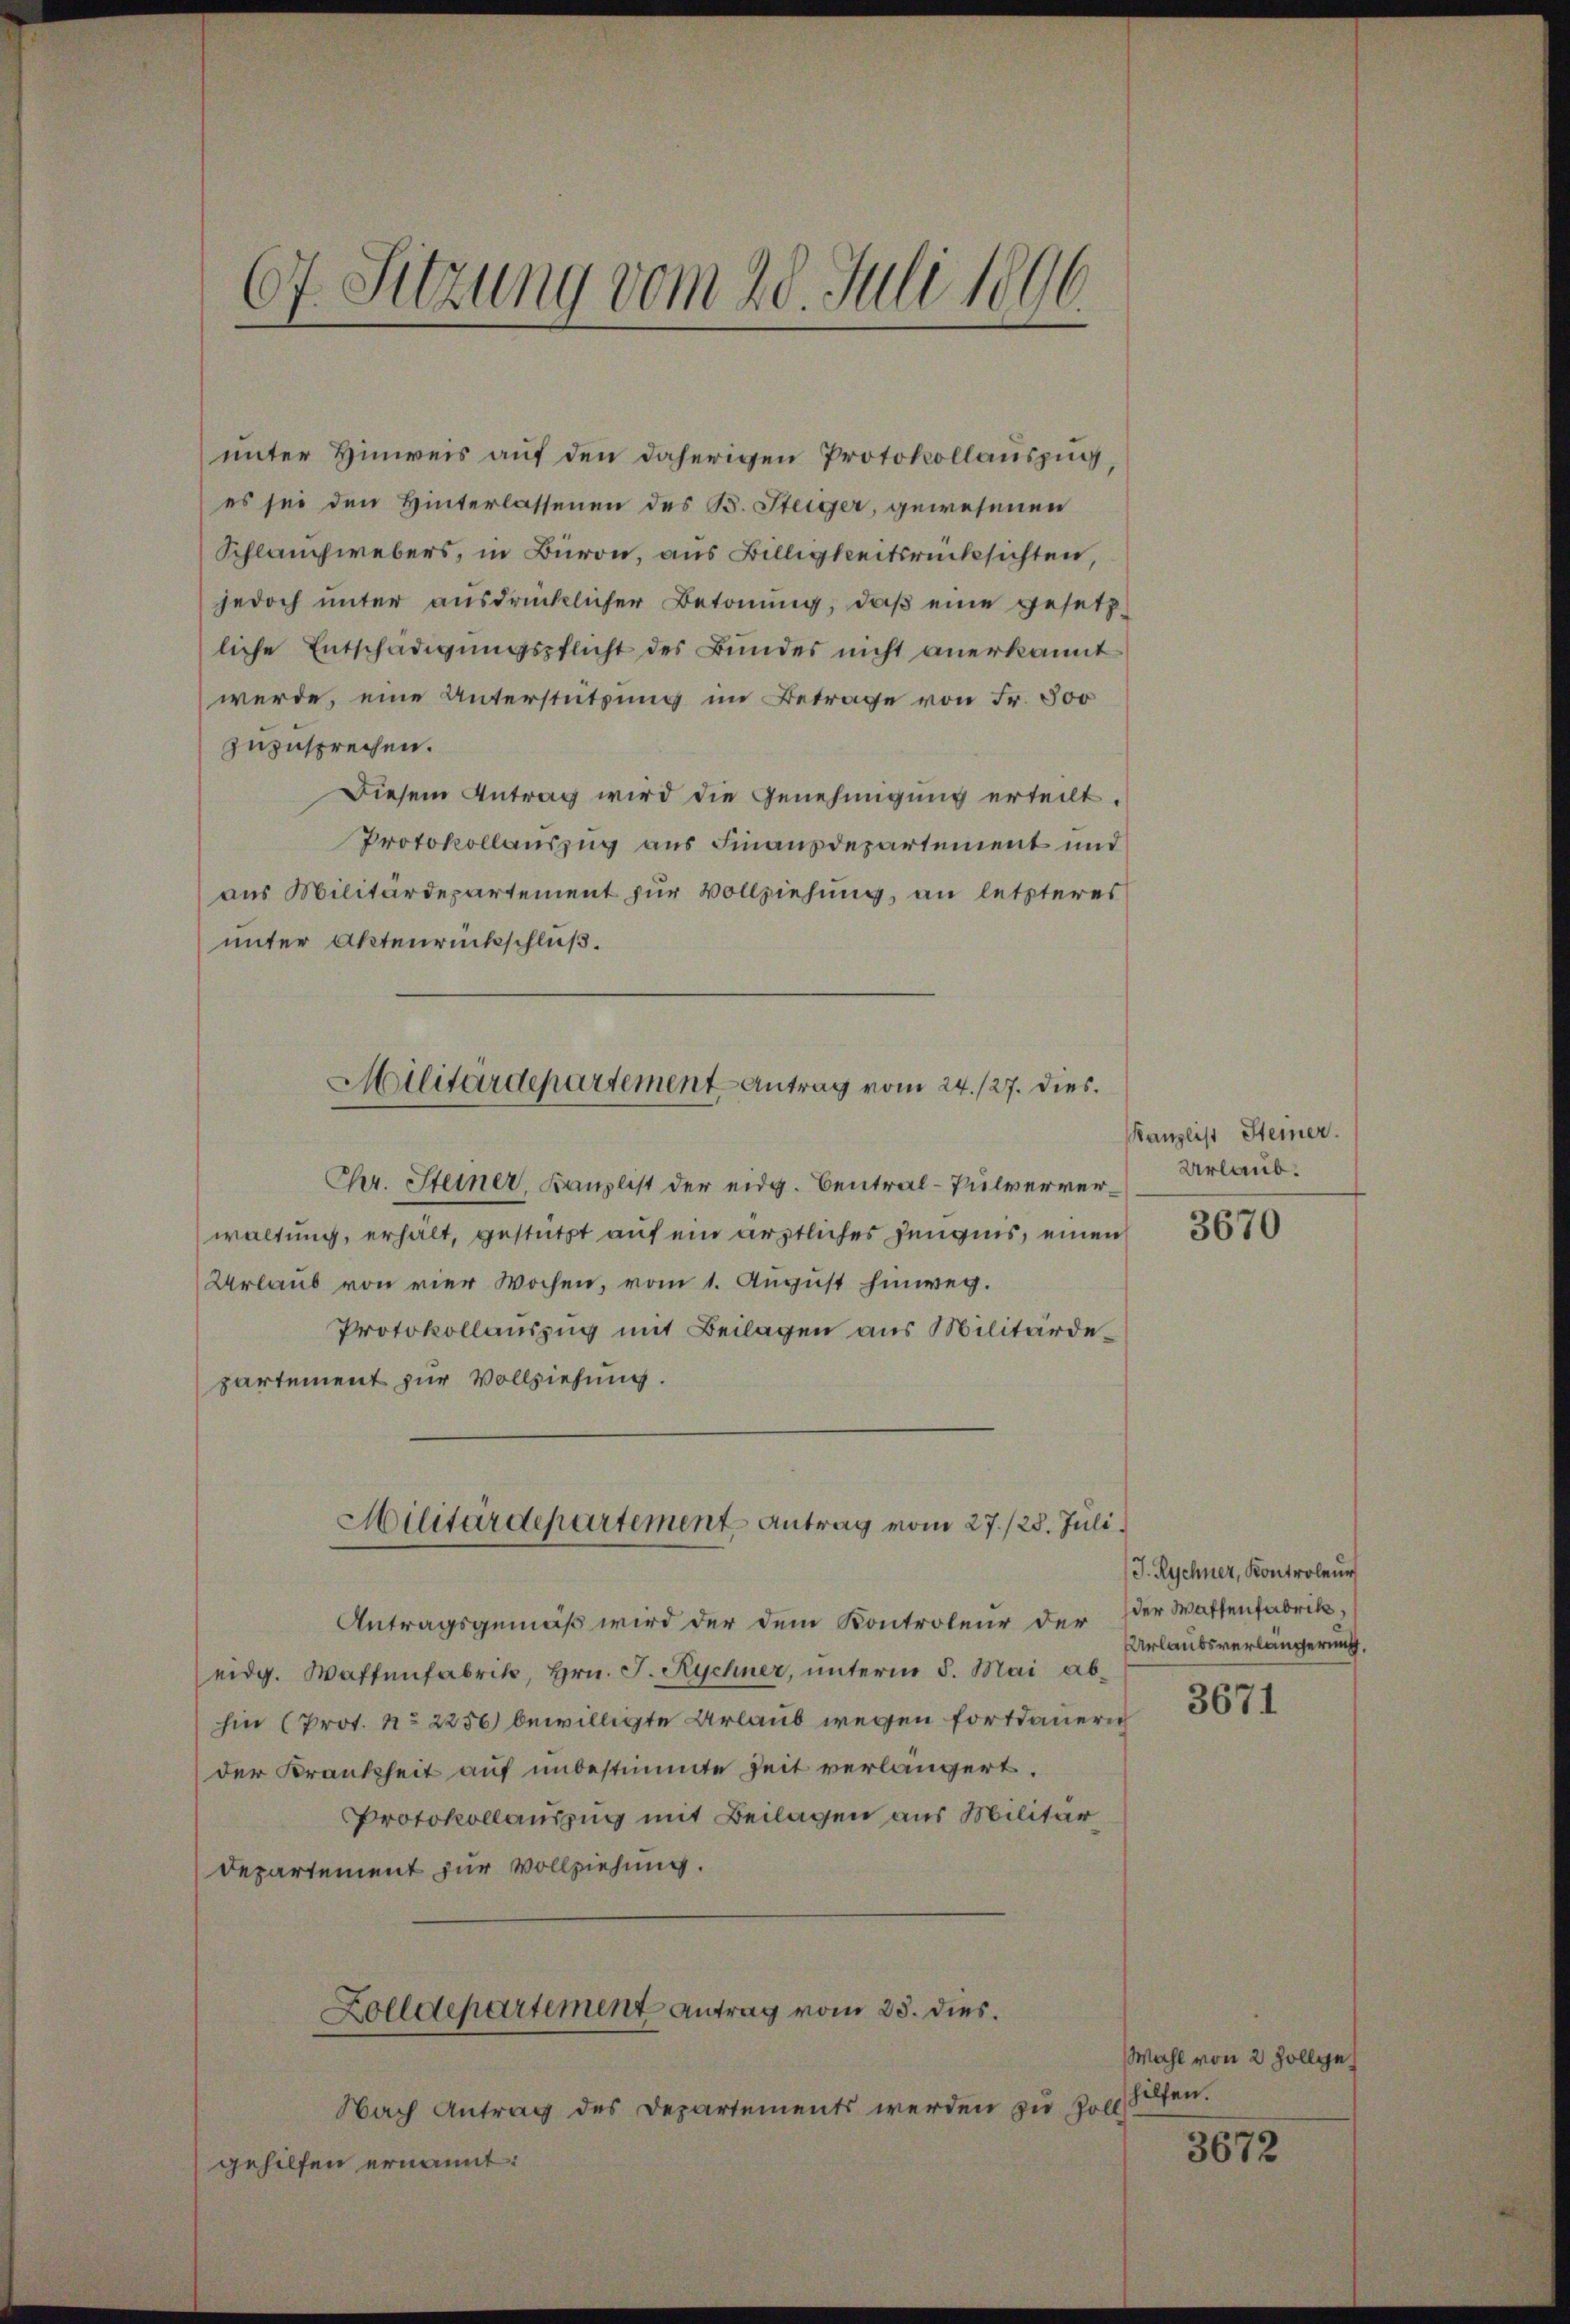
unter Hinweis auf den daherigen Protokollauszug,
es sei den Hinterlassenen des B. Steiger, gewesenen
Schlauchwebers, in Büron, aus Billigkeitsrücksichten,
jedoch unter ausdrücklicher Betonung, daß eine gesetzliche Entschädigungspflicht des Bundes nicht anerkannt
werde, eine Unterstützung im Betrage von Fr. 500
zuzusprechen.
Diesem Antrag wird die Genehmigung erteilt.
Protokollauszug aus Finanzdepartement und
aus Militärdepartement zur Vollziehung, an letzteres
unter Aktenrückschluß.
Chr. Steiner, Kanzlist der eidg. Central-Pulververwaltung, erhält, gestützt auf ein ärztliches Zeugnis, einen
Urlaub von vier Wochen, vom 1. August hinweg.
Protokollauszug mit Beilagen aus Militärdepartement zur Vollziehung.
Militärdepartement Antrag vom 27./25. Juli.
Antragsgemäß wird der dem Kontroleur der
eidg. Waffenfabrik, Hrn. J. Rychner, unterm 5. Mai abhin (Prot. No 2256) bewilligte Urlaub wegen fortdaueri
der Krankheit auf unbestimmte Zeit verlängert.
Protokollauszug mit Beilagen aus Militär
Departement zur Vollziehung.
Zolldepartement Antrag vom 23. dies.
Nach Antrag des Departements werden zu Zoll
gehilfen ernannt:

67. Sitzung vom 20. Juli 1896.

Militärdepartement - Antrag vom 24. 127. dies

Kanzlist Steiner.
Urlaub.

3670

J. Rychner, Kontroleur
der Waffenfabrik,
Urlaubsverlängerung.

3671

Wahl von 2 Zollge
hilfen.

3672